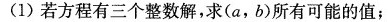
(1)若方程有三个整数解，求(a，b)所有可能的值；